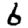
Digit: 6